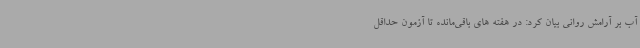
آب بر آرامش روانی بیان کرد: در هفته های باقی‌مانده تا آزمون حداقل